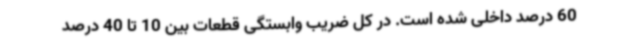
60 درصد داخلی شده است. در کل ضریب وابستگی قطعات بین 10 تا 40 درصد